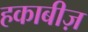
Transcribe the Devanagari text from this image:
हकाबीज़